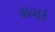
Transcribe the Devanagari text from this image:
बानार्ड